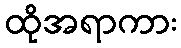
ထိုအရာကား